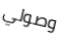
وصولي